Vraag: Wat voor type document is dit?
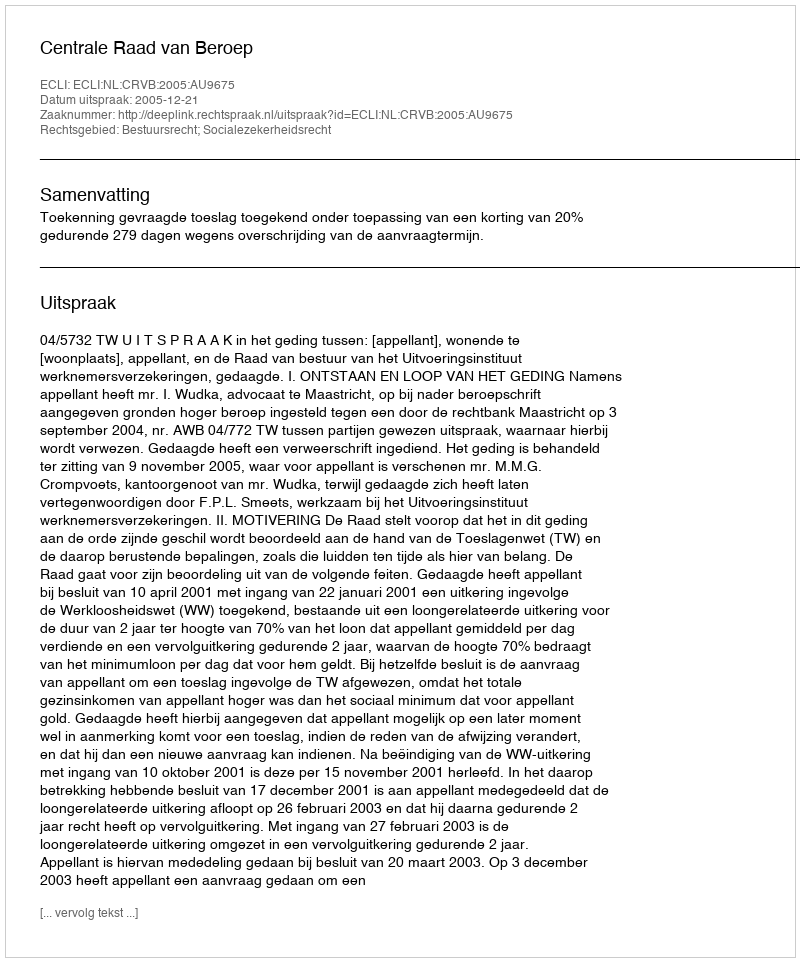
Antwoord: Uitspraak